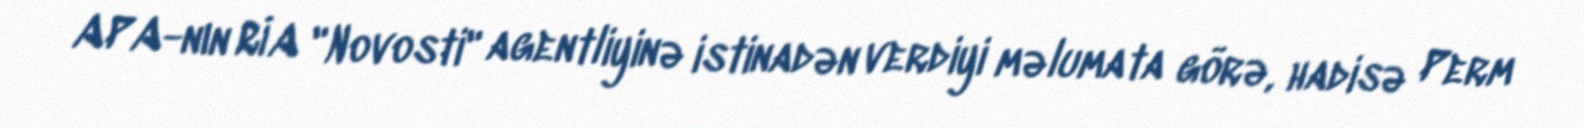
APA-nın RİA "Novosti" agentliyinə istinadən verdiyi məlumata görə, hadisə Perm